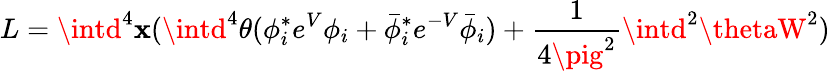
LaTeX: L=\intd^{4}\mathbf{x}(\intd^{4}\theta(\phi_{i}^{*}e^{V}\phi_{i}+\bar{{\phi}}_{i}^{*}e^{-V}\bar{{\phi}}_{i})+{\frac{{1}}{{4\pig^{2}}}}\intd^{2}\thetaW^{2})